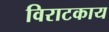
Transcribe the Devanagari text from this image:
विराटकाय